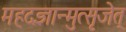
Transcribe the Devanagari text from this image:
महदज्ञान्मुत्सृजेत्